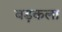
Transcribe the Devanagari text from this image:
बड़कला